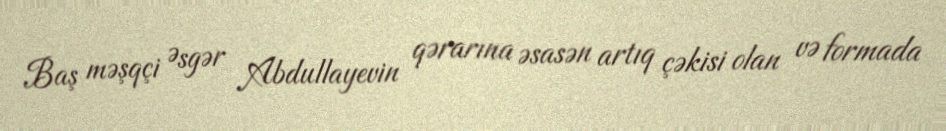
Baş məşqçi Əsgər Abdullayevin qərarına əsasən artıq çəkisi olan və formada